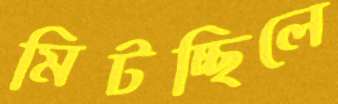
মিটচ্ছিলে